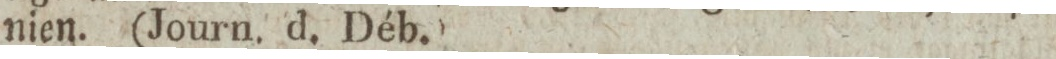
nien. (Journ. d. Déb.)